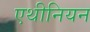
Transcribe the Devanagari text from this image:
एथीनियन